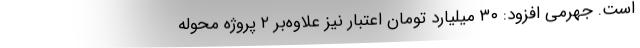
است. جهرمی افزود: ۳۰ میلیارد تومان اعتبار نیز علاوه‌بر ۲ پروژه محوله